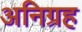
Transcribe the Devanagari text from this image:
अनिग्रह